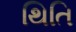
થિતિ